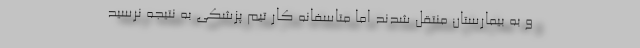
و به بیمارستان منتقل شدند اما متاسفانه کار تیم پزشکی به نتیجه نرسید